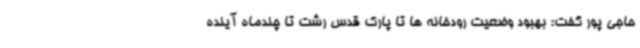
حاجی پور گفت: بهبود وضعیت رودخانه ها تا پارک قدس رشت تا چندماه آینده